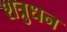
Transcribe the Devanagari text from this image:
शत्रुधन